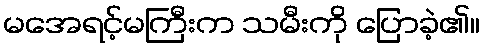
မအေရင့်မကြီးက သမီးကို ပြောခဲ့၏။